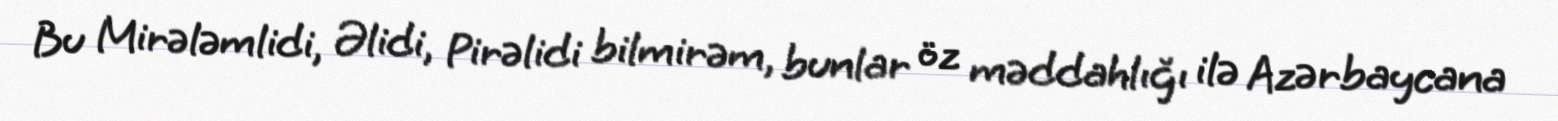
Bu Mirələmlidi, Əlidi, Pirəlidi bilmirəm, bunlar öz məddahlığı ilə Azərbaycana